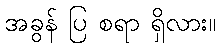
အခွန် ပြ စရာ ရှိလား။